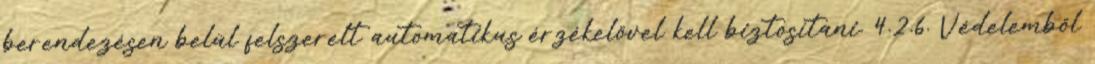
berendezésen belül felszerelt automatikus érzékelõvel kell biztosítani. 4.2.6. Védelembõl